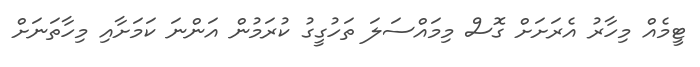
ޓީމެއް މިހާރު އެރަށަށް ގޮސް މިމައްސަލަ ތަހުގީގު ކުރަމުން އަންނަ ކަމަށާއި މިހާތަނަށް